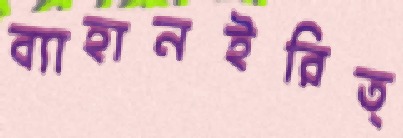
ব্যাহানইরিত্